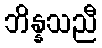
ဘိန္နသညီ